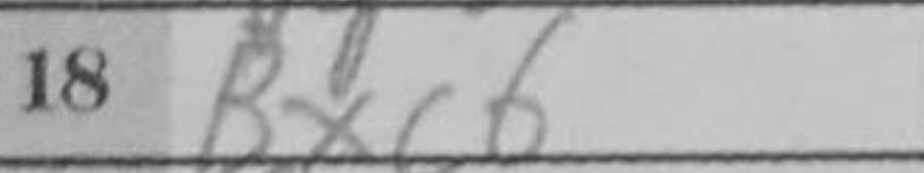
Transcription: Bxc6